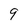
Character: 9